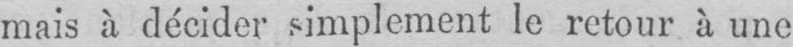
mais à décider simplement le retour à une